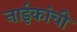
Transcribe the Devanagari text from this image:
नाईकांची